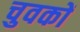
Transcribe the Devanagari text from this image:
चुवकों